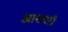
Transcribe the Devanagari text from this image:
आशवरी